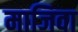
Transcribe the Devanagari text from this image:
माजिवा